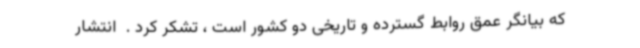
که بیانگر عمق روابط گسترده و تاریخی دو کشور است ، تشکر کرد . ‌ انتشار